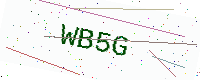
Text: WB5G